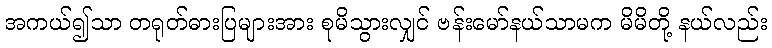
အကယ်၍သာ တရုတ်ဓားပြများအား စုမိသွားလျှင် ဗန်းမော်နယ်သာမက မိမိတို့ နယ်လည်း